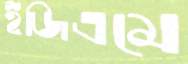
ইজিএমে